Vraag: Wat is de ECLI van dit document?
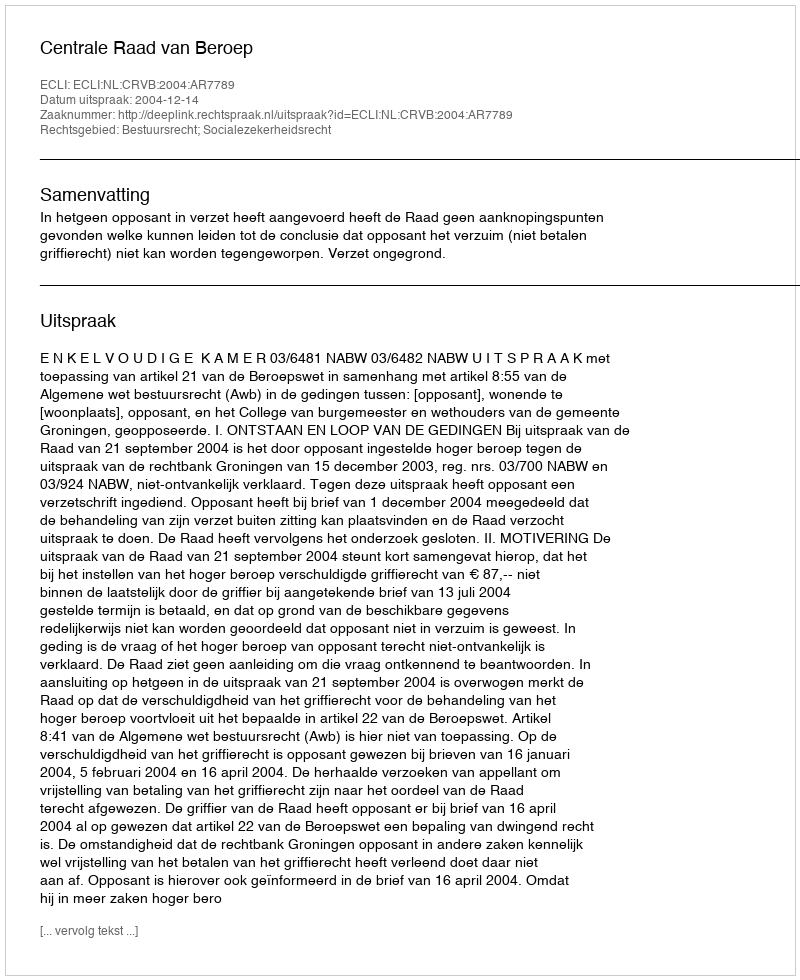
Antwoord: ECLI:NL:CRVB:2004:AR7789